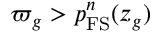
\varpi _ { g } > p _ { \mathrm { F S } } ^ { n } ( z _ { g } )